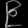
Digit: ၉